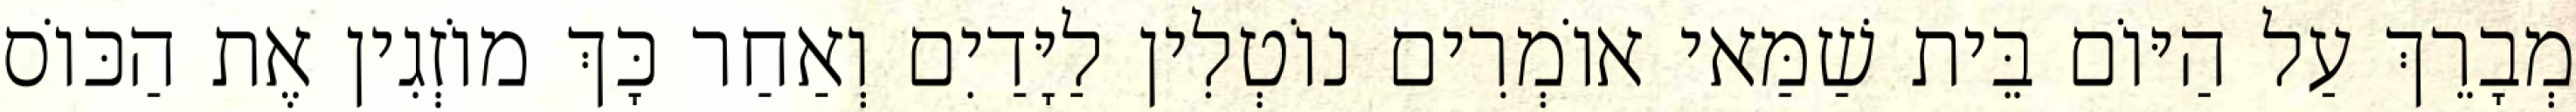
מְבָרֵךְ עַל הַיּוֹם בֵּית שַׁמַּאי אוֹמְרִים נוֹטְלִין לַיָּדַיִם וְאַחַר כָּךְ מוֹזְגִין אֶת הַכּוֹס